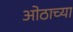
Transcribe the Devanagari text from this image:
ओठाच्या